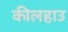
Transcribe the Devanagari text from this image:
कीलहाउ